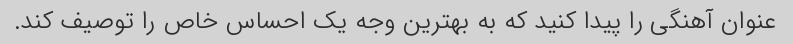
عنوان آهنگی را پیدا کنید که به بهترین وجه یک احساس خاص را توصیف کند.